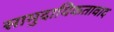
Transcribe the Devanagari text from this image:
सामुदायिकतावाद